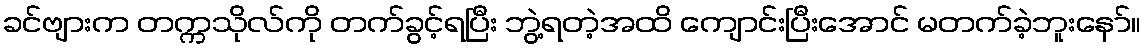
ခင်ဗျားက တက္ကသိုလ်ကို တက်ခွင့်ရပြီး ဘွဲ့ရတဲ့အထိ ကျောင်းပြီးအောင် မတက်ခဲ့ဘူးနော်။